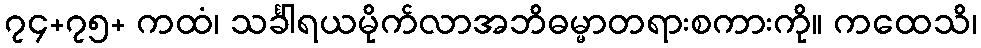
၇၄+၇၅+ ကထံ၊ သင်္ခါရယမိုက်လာအဘိဓမ္မာတရားစကားကို။ ကထေသိ၊